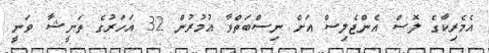
އެމެރިކާގެ ލޮސް އެންޖެލިސް އަށް ނިސްބަތްވާ އުމުރުން 32 އަހަރުގެ ތަނީޝާ ވަނީ